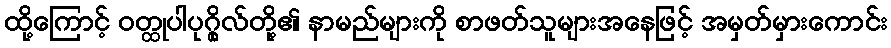
ထို့ကြောင့် ဝတ္ထုပါပုဂ္ဂိုလ်တို့၏ နာမည်များကို စာဖတ်သူများအနေဖြင့် အမှတ်မှားကောင်း